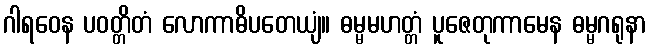
ဂါရဝေန ပဝတ္တိတံ လောကာဓိပတေယျံ။ ဓမ္မမဟတ္တံ ပူဇေတုကာမေန ဓမ္မဂရုနာ